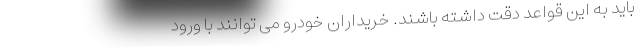
باید به این قواعد دقت داشته باشند. خریداران خودرو می توانند با ورود